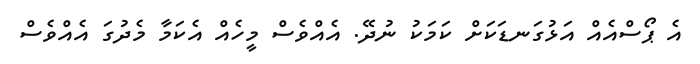
އެ ޕޯސްއެއް އަޅުގަނޑަކަށް ކަމަކު ނުދޭ. އެއްވެސް މީހެއް އެކަމާ މެދުގަ އެއްވެސް